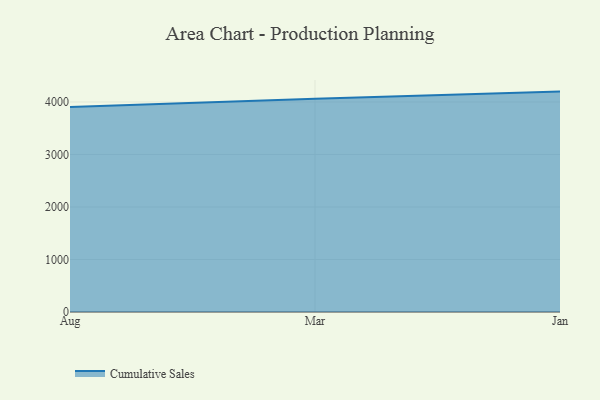
{"axis": {"x": "Month", "y": "Revenue (USD Million)"}, "legend": ["Cumulative Sales"], "data": [{"x": "Aug", "y": 3902.4, "type": "Cumulative Sales"}, {"x": "Mar", "y": 4059.9, "type": "Cumulative Sales"}, {"x": "Jan", "y": 4197.5, "type": "Cumulative Sales"}]}